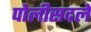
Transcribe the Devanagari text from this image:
पोलीसदले